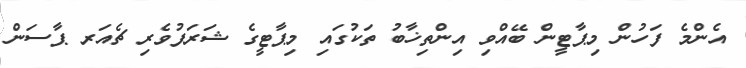
އެންމެ ފަހުން މިޕާޓީން ބޭއްވި އިންތިޚާބު ތަކުގައި މިޕާޓީގެ ޝަރަފުވެރި ޗެއަރ ޕާސަން